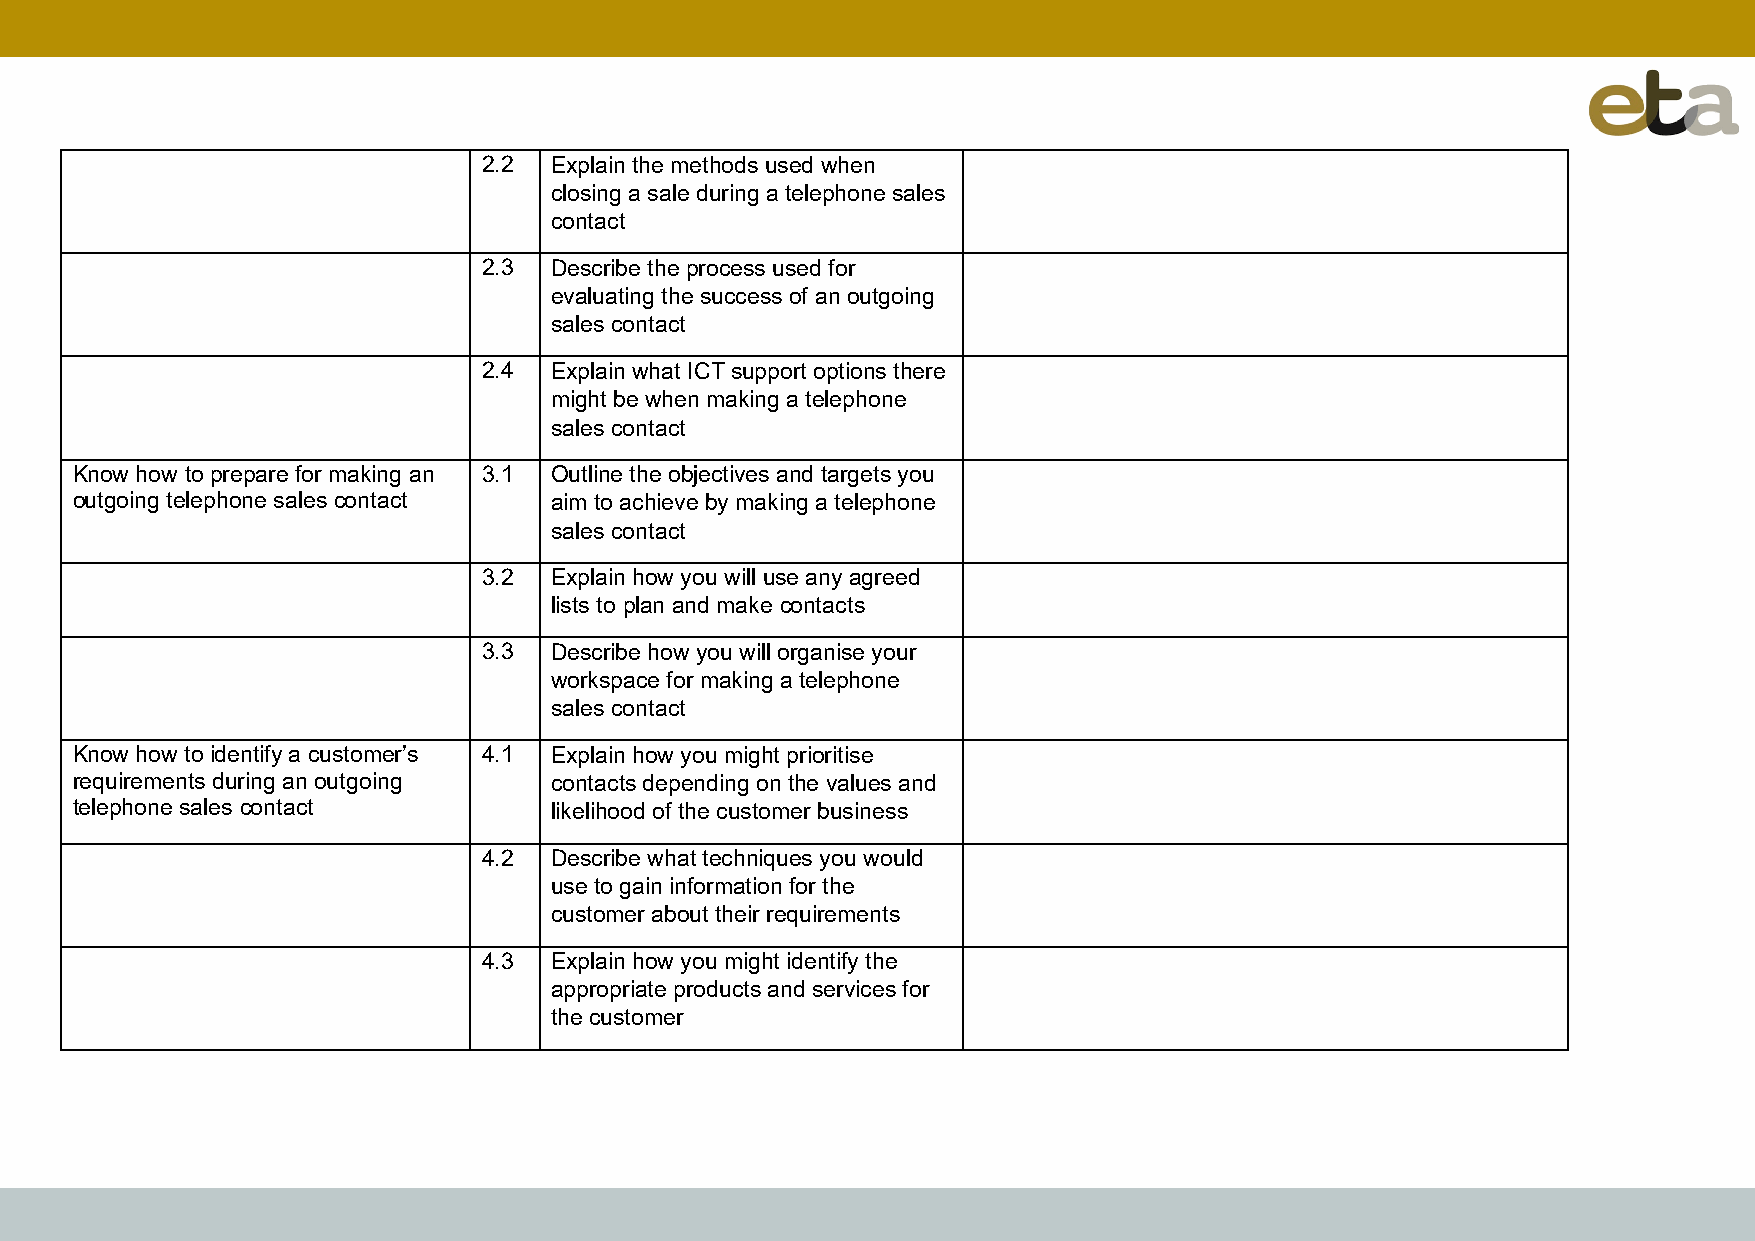
2.2 Explain the methods used when
 closing a sale during a telephone sales
 contact
 2.3 Describe the process used for
 evaluating the success of an outgoing
 sales contact
 2.4 Explain what ICT support options there
 might be when making a telephone
 sales contact
 Know how to prepare for making an 3.1 Outline the objectives and targets you
 outgoing telephone sales contact aim to achieve by making a telephone
 sales contact
 3.2 Explain how you will use any agreed
 lists to plan and make contacts
 3.3 Describe how you will organise your
 workspace for making a telephone
 sales contact
 Know how to identify a customer’s 4.1 Explain how you might prioritise
 requirements during an outgoing contacts depending on the values and
 telephone sales contact        likelihood of the customer business
 4.2 Describe what techniques you would
 use to gain information for the
 customer about their requirements
 4.3 Explain how you might identify the
 appropriate products and services for
 the customer